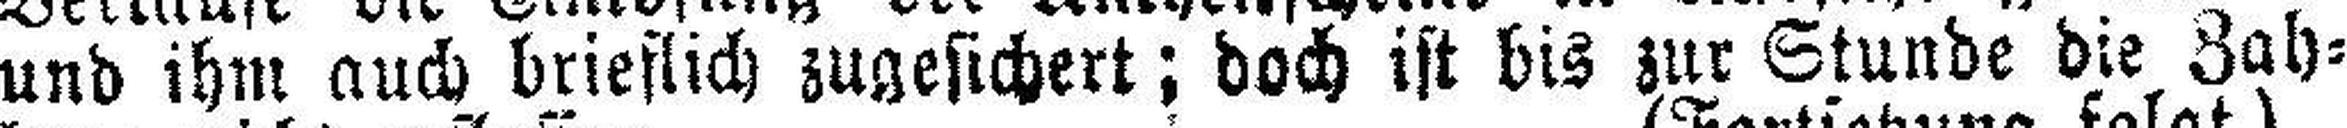
und ihm auch brieflich zugesichert; doch ist bis zur Stunde die Zah¬